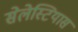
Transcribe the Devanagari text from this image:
सेलेस्टियास